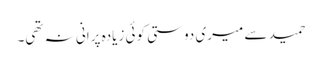
حمید سے میری دوستی کوئی زیادہ پرانی نہ تھی۔